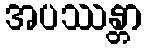
အပဿန္တာ